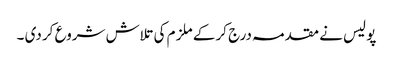
پو لیس نے مقد مہ درج کر کے ملز م کی تلاش شروع کر دی ۔